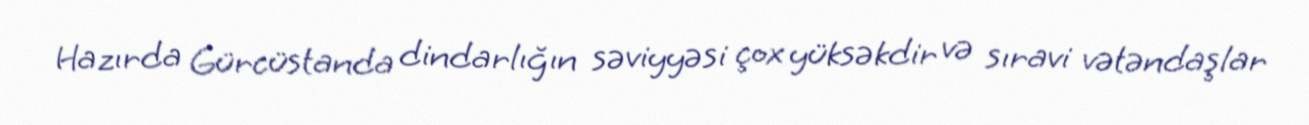
Hazırda Gürcüstanda dindarlığın səviyyəsi çox yüksəkdir və sıravi vətəndaşlar